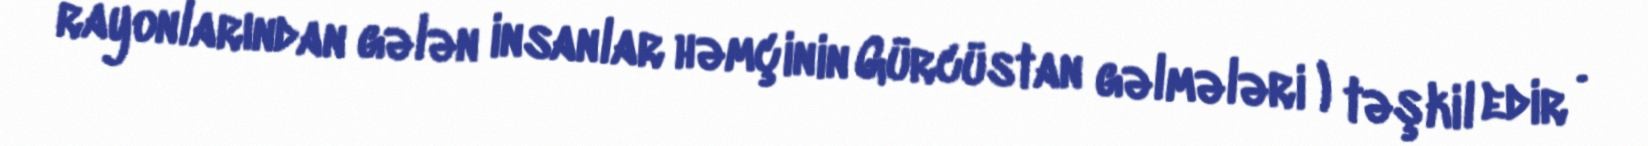
rayonlarından gələn insanlar həmçinin Gürcüstan gəlmələri ) təşkil edir .